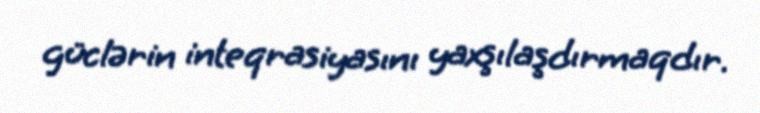
güclərin inteqrasiyasını yaxşılaşdırmaqdır.